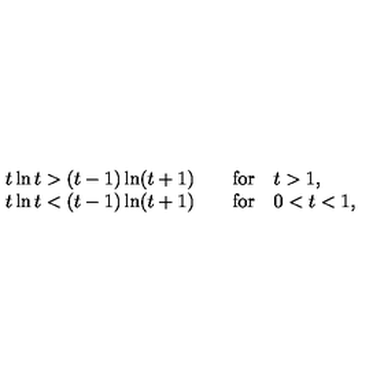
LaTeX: \begin{array} { l } { t \ln t > ( t - 1 ) \ln ( t + 1 ) \qquad \mathrm { f o r } \quad t > 1 , } \\ { t \ln t < ( t - 1 ) \ln ( t + 1 ) \qquad \mathrm { f o r } \quad 0 < t < 1 , } \\ \end{array}